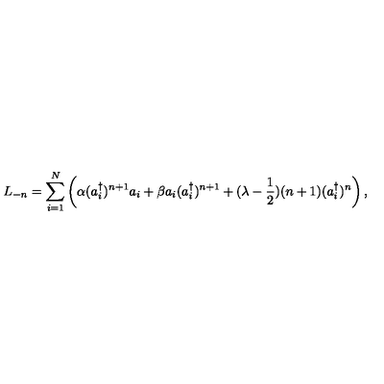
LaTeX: L _ { - n } = \sum _ { i = 1 } ^ { N } \left( \alpha ( a _ { i } ^ { \dagger } ) ^ { n + 1 } a _ { i } + \beta a _ { i } ( a _ { i } ^ { \dagger } ) ^ { n + 1 } + ( \lambda - { \frac { 1 } { 2 } } ) ( n + 1 ) ( a _ { i } ^ { \dagger } ) ^ { n } \right) ,